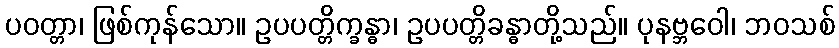
ပဝတ္တာ၊ ဖြစ်ကုန်သော။ ဥပပတ္တိက္ခန္ဓာ၊ ဥပပတ္တိခန္ဓာတို့သည်။ ပုနဗ္ဘဝေါ၊ ဘဝသစ်